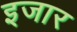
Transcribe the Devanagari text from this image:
इजार